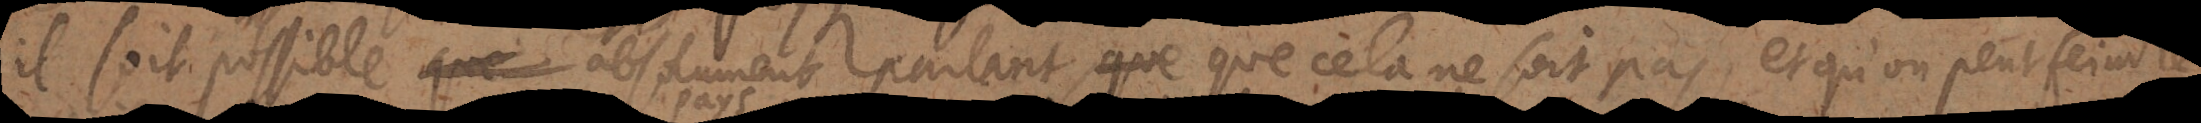
il soit possible absolument parlant, que cela ne soit pas, et qu’on puisse